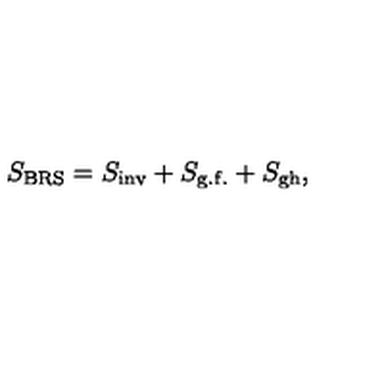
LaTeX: S _ { \mathrm { B R S } } = S _ { \mathrm { i n v } } + S _ { \mathrm { g . f . } } + S _ { \mathrm { g h } } ,